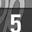
Digit: 5